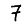
Digit: 7